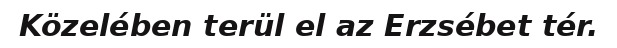
Közelében terül el az Erzsébet tér.